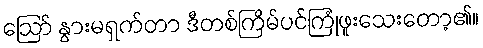
ဪ နွားမရှက်တာ ဒီတစ်ကြိမ်ပင်ကြုံဖူးသေးတော့၏။